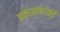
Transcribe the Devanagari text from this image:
प्रकाशकांकडे